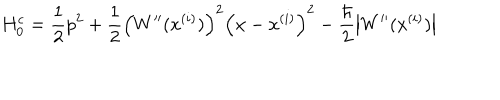
H _ { 0 } ^ { c } = \frac { 1 } { 2 } p ^ { 2 } + \frac { 1 } { 2 } \left( W ^ { \prime \prime } ( x ^ { ( i ) } ) \right) ^ { 2 } \left( x - x ^ { ( i ) } \right) ^ { 2 } - \frac { \hbar } { 2 } \left| W ^ { \prime \prime } ( x ^ { ( i ) } ) \right|